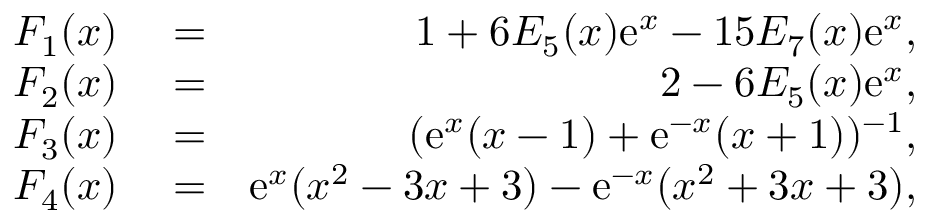
\begin{array} { r l r } { F _ { 1 } ( x ) } & { { } = } & { 1 + 6 E _ { 5 } ( x ) \mathrm { e } ^ { x } - 1 5 E _ { 7 } ( x ) \mathrm { e } ^ { x } , } \\ { F _ { 2 } ( x ) } & { { } = } & { 2 - 6 E _ { 5 } ( x ) \mathrm { e } ^ { x } , } \\ { F _ { 3 } ( x ) } & { { } = } & { ( \mathrm { e } ^ { x } ( x - 1 ) + \mathrm { e } ^ { - x } ( x + 1 ) ) ^ { - 1 } , } \\ { F _ { 4 } ( x ) } & { { } = } & { \mathrm { e } ^ { x } ( x ^ { 2 } - 3 x + 3 ) - \mathrm { e } ^ { - x } ( x ^ { 2 } + 3 x + 3 ) , } \end{array}